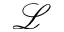
\mathscr { L }